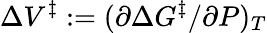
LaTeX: \Delta V^{\ddagger}:=(\partial\Delta G^{\ddagger}/\partial P)_{T}